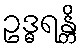
ဥဒ္ဓရန္တိ